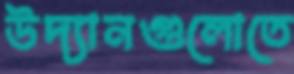
উদ্যানগুলোতে